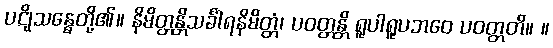
ပဋိုသန္ဓေတို့၏။ နိမိတ္တန္တိသင်္ခါရနိမိတ္တံ၊ ပဝတ္တန္တိ ရူပါရူပဘဝေ ပဝတ္တတိ။ ။